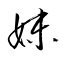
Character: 妺